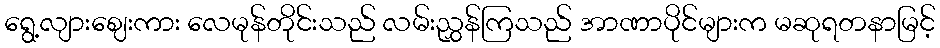
ရွေ့လျားဈေးကား လေမုန်တိုင်းသည် လမ်းညွှန်ကြသည် အာဏာပိုင်များက မဆုရတနာမြင့်